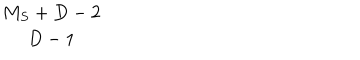
\begin{array} { c } { { M _ { S } + D - 2 } } \\ { { D - 1 } } \\ \end{array}